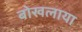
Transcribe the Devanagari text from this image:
बोखलाया